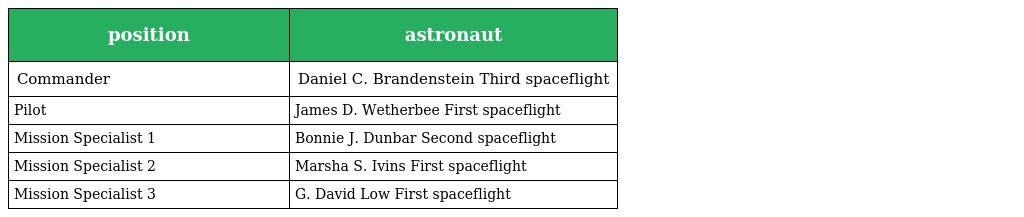
| position | astronaut |
 | --- | --- |
 | Commander | Daniel C. Brandenstein Third spaceflight |
 | Pilot | James D. Wetherbee First spaceflight |
 | Mission Specialist 1 | Bonnie J. Dunbar Second spaceflight |
 | Mission Specialist 2 | Marsha S. Ivins First spaceflight |
 | Mission Specialist 3 | G. David Low First spaceflight |